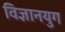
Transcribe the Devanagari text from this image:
विज्ञानयुग